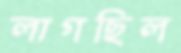
লাগছিল